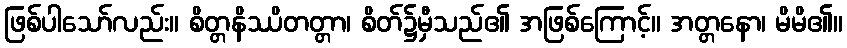
ဖြစ်ပါသော်လည်း။ စိတ္တနိဿိတတ္တာ၊ စိတ်၌မှီသည်၏ အဖြစ်ကြောင့်။ အတ္တနော၊ မိမိ၏။